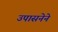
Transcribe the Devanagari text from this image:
उपासनेने